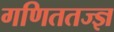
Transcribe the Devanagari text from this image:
गणिततज्ज्ञ